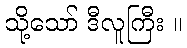
သို့သော် ဒီလူကြီး ။